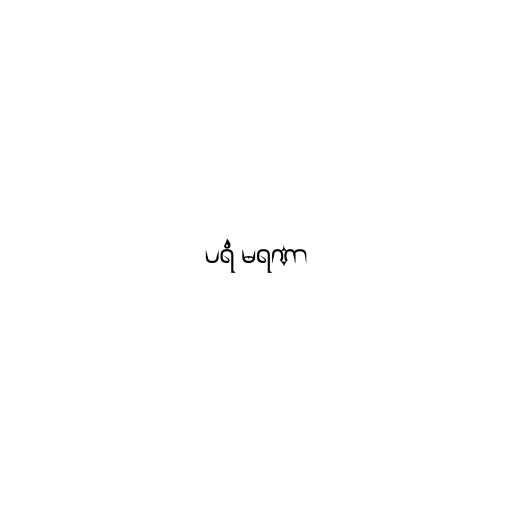
ပရံ မရဏာ